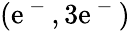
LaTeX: (\mathrm{e}^{\mathrm{{~-~}}},3\mathrm{e}^{\mathrm{{~-~}}})